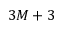
3 M + 3